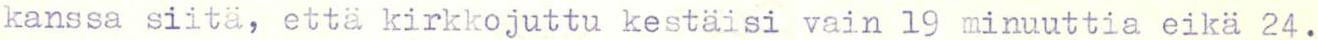
kanssa siitä, että kirkkojuttu kestäisi vain 19 minuuttia eikä 24.